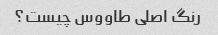
رنگ اصلی طاووس چیست؟